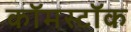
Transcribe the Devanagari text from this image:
कॉमस्टॉक